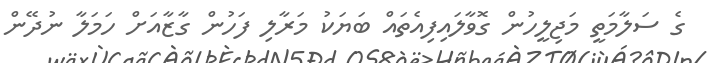
ގެ ސަލާމަތީ މަޖިލީހުން ގޮވާލައިފިއެތައް ބަޔަކު މަރާލި ފަހުން ގާޒާއަށް ހަމަލާ ނުދޭން